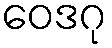
ဝေဒဂု